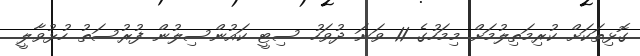
ގޮޅިތަކަށް ކުރިމަތިލުމަށް މިމަހުގެ 11 ވަނަ ދުވަހު ސިޓީ ކައުންސިލުން ފުރުސަތު ހުޅުވާލީ